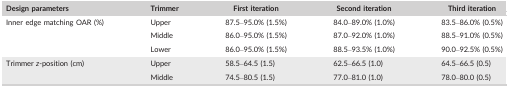
<table><thead><tr><td><b>Design parameters</b></td><td><b>Trimmer</b></td><td><b>First iteration</b></td><td><b>Second iteration</b></td><td><b>Third iteration</b></td></tr></thead><tbody><tr><td rowspan="3">Inner edge matching OAR (%)</td><td>Upper</td><td>87.5–95.0% (1.5%)</td><td>84.0–89.0% (1.0%)</td><td>83.5–86.0% (0.5%)</td></tr><tr><td>Middle</td><td>86.0–95.0% (1.5%)</td><td>87.0–92.0% (1.0%)</td><td>88.5–91.0% (0.5%)</td></tr><tr><td>Lower</td><td>86.0–95.0% (1.5%)</td><td>88.5–93.5% (1.0%)</td><td>90.0–92.5% (0.5%)</td></tr><tr><td rowspan="2">Trimmer <i>z</i>‐position (cm)</td><td>Upper</td><td>58.5–64.5 (1.5)</td><td>62.5–66.5 (1.0)</td><td>64.5–66.5 (0.5)</td></tr><tr><td>Middle</td><td>74.5–80.5 (1.5)</td><td>77.0–81.0 (1.0)</td><td>78.0–80.0 (0.5)</td></tr></tbody></table>